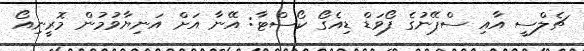
ޗެލްސީ އާއި ސްޕޭނުގެ ފޯވަޑް ޑިއެގޯ ކޯސްޓާ: އޭނާ އަށް އަނިޔާވުމުން މޮރީނިއޯ